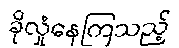
ခိုလှုံနေကြသည့်